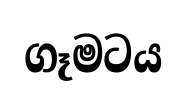
ගෑමටය